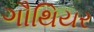
ગૌથિયર